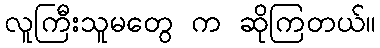
လူကြီးသူမတွေ က ဆိုကြတယ်။